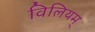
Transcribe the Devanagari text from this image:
विलियम्